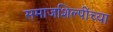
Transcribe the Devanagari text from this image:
समाजशिल्पींच्या